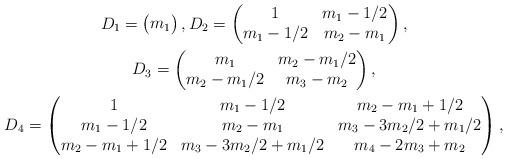
LaTeX: \begin{gather*}D_1=\begin{pmatrix}m_1\end{pmatrix},D_2=\begin{pmatrix}1&m_1-1/2\\m_1-1/2&m_2-m_1\end{pmatrix},\\D_3=\begin{pmatrix}m_1&m_2-m_1/2\\m_2-m_1/2&m_3-m_2\end{pmatrix},\\D_4=\begin{pmatrix}1&m_1-1/2&m_2-m_1+1/2\\ m_1-1/2&m_2-m_1&m_3-3m_2/2+m_1/2\\ m_2-m_1+1/2&m_3-3m_2/2+m_1/2&m_4-2m_3+m_2\end{pmatrix}, \end{gather*}